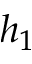
h _ { 1 }